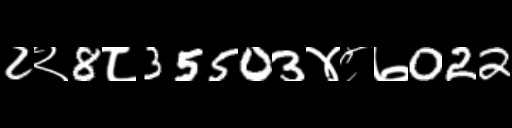
Text: 2२8८35503४८७022